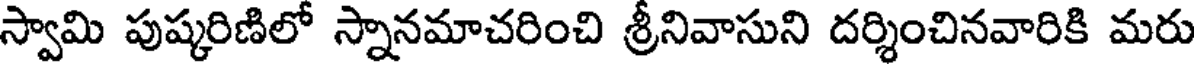
స్వామి పుష్కరిణిలో స్నానమాచరించి శ్రీనివాసుని దర్శించినవారికి మరు